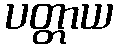
ပတ္တာယ